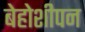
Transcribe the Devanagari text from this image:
बेहोशीपन